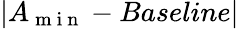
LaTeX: \left|A_{\mathrm{~m~i~n~}}-\textit{Baseline}\right|